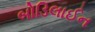
બોડિલાઈન